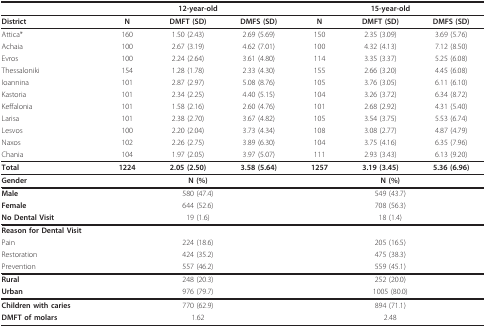
<table><thead><tr><td></td><td colspan="3"><b>12-year-old</b></td><td colspan="3"><b>15-year-old</b></td></tr></thead><tbody><tr><td><b>District</b></td><td><b>N</b></td><td><b>DMFT (SD)</b></td><td><b>DMFS (SD)</b></td><td><b>N</b></td><td><b>DMFT (SD)</b></td><td><b>DMFS (SD)</b></td></tr><tr><td>Attica*</td><td>160</td><td>1.50 (2.43)</td><td>2.69 (5.69)</td><td>150</td><td>2.35 (3.09)</td><td>3.69 (5.76)</td></tr><tr><td>Achaia</td><td>100</td><td>2.67 (3.19)</td><td>4.62 (7.01)</td><td>100</td><td>4.32 (4.13)</td><td>7.12 (8.50)</td></tr><tr><td>Evros</td><td>100</td><td>2.24 (2.64)</td><td>3.61 (4.80)</td><td>114</td><td>3.35 (3.37)</td><td>5.25 (6.08)</td></tr><tr><td>Thessaloniki</td><td>154</td><td>1.28 (1.78)</td><td>2.33 (4.30)</td><td>155</td><td>2.66 (3.20)</td><td>4.45 (6.08)</td></tr><tr><td>Ioannina</td><td>101</td><td>2.87 (2.97)</td><td>5.08 (8.76)</td><td>105</td><td>3.76 (3.05)</td><td>6.11 (6.10)</td></tr><tr><td>Kastoria</td><td>101</td><td>2.34 (2.25)</td><td>4.40 (5.15)</td><td>104</td><td>3.26 (3.72)</td><td>6.34 (8.72)</td></tr><tr><td>Keffalonia</td><td>101</td><td>1.58 (2.16)</td><td>2.60 (4.76)</td><td>101</td><td>2.68 (2.92)</td><td>4.31 (5.40)</td></tr><tr><td>Larisa</td><td>101</td><td>2.38 (2.70)</td><td>3.67 (4.82)</td><td>105</td><td>3.54 (3.75)</td><td>5.53 (6.74)</td></tr><tr><td>Lesvos</td><td>100</td><td>2.20 (2.04)</td><td>3.73 (4.34)</td><td>108</td><td>3.08 (2.77)</td><td>4.87 (4.79)</td></tr><tr><td>Naxos</td><td>102</td><td>2.26 (2.75)</td><td>3.89 (6.30)</td><td>104</td><td>3.75 (4.16)</td><td>6.35 (7.96)</td></tr><tr><td>Chania</td><td>104</td><td>1.97 (2.05)</td><td>3.97 (5.07)</td><td>111</td><td>2.93 (3.43)</td><td>6.13 (9.20)</td></tr><tr><td><b>Total</b></td><td><b>1224</b></td><td><b>2.05 (2.50)</b></td><td><b>3.58 (5.64)</b></td><td><b>1257</b></td><td><b>3.19 (3.45)</b></td><td><b>5.36 (6.96)</b></td></tr><tr><td><b>Gender</b></td><td colspan="3"><b>N (%)</b></td><td colspan="3"><b>N (%)</b></td></tr><tr><td><b>Male</b></td><td colspan="3">580 (47.4)</td><td colspan="3">549 (43.7)</td></tr><tr><td><b>Female</b></td><td colspan="3">644 (52.6)</td><td colspan="3">708 (56.3)</td></tr><tr><td><b>No Dental Visit</b></td><td colspan="3">19 (1.6)</td><td colspan="3">18 (1.4)</td></tr><tr><td colspan="4"><b>Reason for Dental Visit</b></td><td></td><td></td><td></td></tr><tr><td>Pain</td><td colspan="3">224 (18.6)</td><td colspan="3">205 (16.5)</td></tr><tr><td>Restoration</td><td colspan="3">424 (35.2)</td><td colspan="3">475 (38.3)</td></tr><tr><td>Prevention</td><td colspan="3">557 (46.2)</td><td colspan="3">559 (45.1)</td></tr><tr><td><b>Rural</b></td><td colspan="3">248 (20.3)</td><td colspan="3">252 (20.0)</td></tr><tr><td><b>Urban</b></td><td colspan="3">976 (79.7)</td><td colspan="3">1005 (80.0)</td></tr><tr><td><b>Children with caries</b></td><td colspan="3">770 (62.9)</td><td colspan="3">894 (71.1)</td></tr><tr><td><b>DMFT of molars</b></td><td colspan="3">1.62</td><td colspan="3">2.48</td></tr></tbody></table>